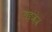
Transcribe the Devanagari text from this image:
राइजेज़